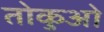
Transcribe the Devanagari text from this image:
तोकुओ